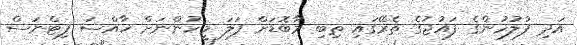
އަދި ފުލުހުންގެ ފައުޖުގެ ތެރޭގައި ތިބި މާބޮޑަށް ފަލަ މީހުންނަށް ޚާއްސަ ފިޓްނަސް